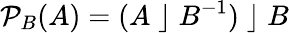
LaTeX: {\mathcal{P}}_{B}(A)=(A\; \rfloor\; B^{-1})\; \rfloor\; B